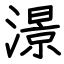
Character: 澋